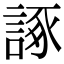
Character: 諑